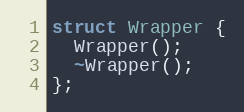
Language: C
struct Wrapper {
  Wrapper();
  ~Wrapper();
};